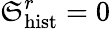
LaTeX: \mathfrak{S}_{\mathrm{{hist}}}^{r}=0